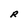
Character: R